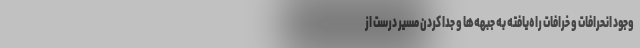
وجود انحرافات و خرافات راه‌یافته به جبهه‌ها و جدا کردن مسیر درست از